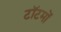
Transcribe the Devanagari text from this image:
टॉटमों